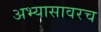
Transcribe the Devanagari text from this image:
अभ्यासावरच